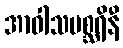
အာဝါသမစ္ဆရိနီ